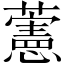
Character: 藼